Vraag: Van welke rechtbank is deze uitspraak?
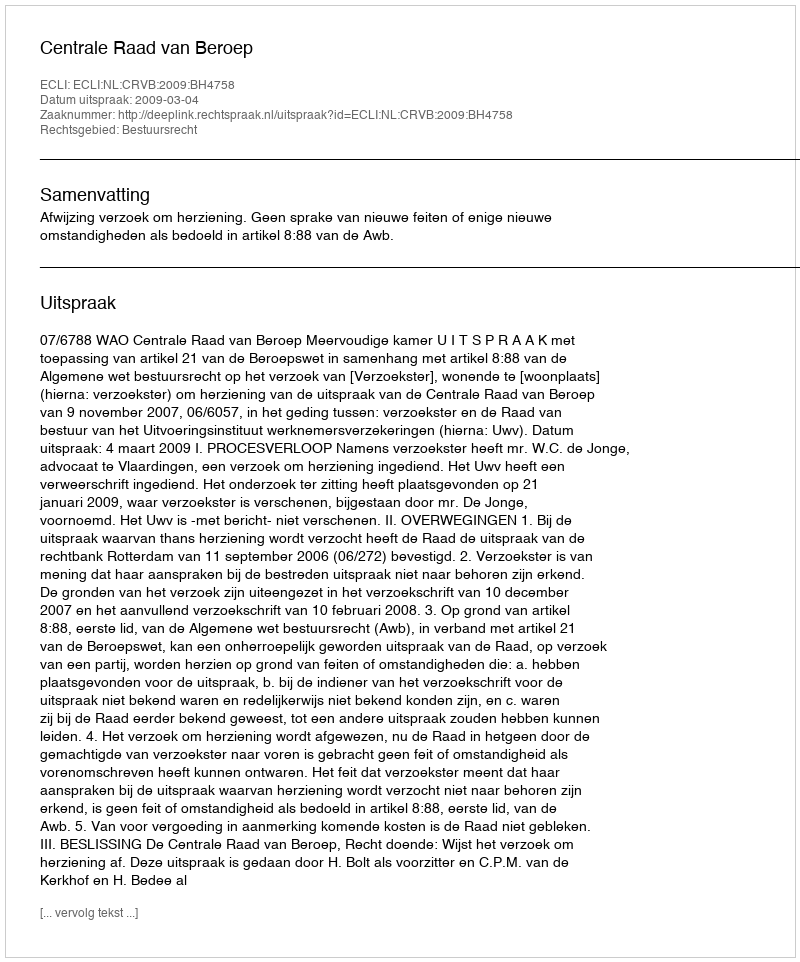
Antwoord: Centrale Raad van Beroep